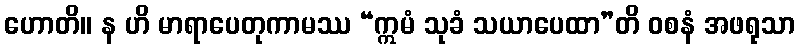
ဟောတိ။ န ဟိ မာရာပေတုကာမဿ “ဣမံ သုခံ သယာပေထာ”တိ ဝစနံ အဖရုသာ